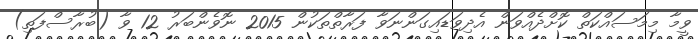
ވީމާ މިމަސައްކަތް ކޮށްދެއްވަން އެދިވަޑައިގަންނަވާ ފަރާތްތަކުން 2015 ނޮވެންބަރު 12 ވާ (ބުރާސްފަތި)